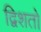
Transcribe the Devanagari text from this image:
द्विशतो